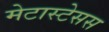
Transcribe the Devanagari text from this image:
मेटास्टेसस